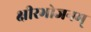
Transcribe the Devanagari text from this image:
क्षीरभोजनम्